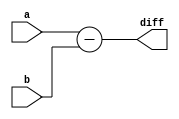
`timescale 1ns / 1ps
//////////////////////////////////////////////////////////////////////////////////
// Company: 
// Engineer: 
// 
// Design Name: 
// Module Name:    sub4 
// Project Name: 
// Target Devices: 
// Tool versions: 
// Description: 
//
// Dependencies: 
//
// Revision: 
// Revision 0.01 - File Created
// Additional Comments: 
//
//////////////////////////////////////////////////////////////////////////////////
module sub4(
    input [3:0] a,
    input [3:0] b,
    output [3:0] diff
    );

assign diff = a - b;

endmodule